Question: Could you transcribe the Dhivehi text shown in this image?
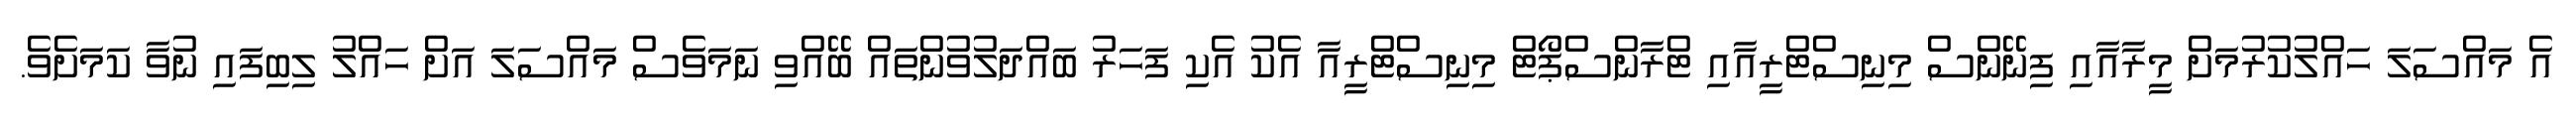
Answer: އެ މައްސަލަ ހައްލުކުރުމަށް މީރާއާއި ފިނޭންސް މިނިސްޓްރީއާއި ޓްރާންސްޕޯޓް މިނިސްޓްރީއާ އެކު އެކި ފަހަރު ބައްދަލުވުންތައް ބޭއްވި ނަމަވެސް މައްސަލަ އަށް ހައްލު ލިބިފައި ނުވާ ކަމަށެވެ.